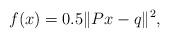
LaTeX: \begin{align*} f(x)= 0.5 \| Px-q \|^{2},\end{align*}